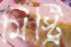
মিস্ট্রি